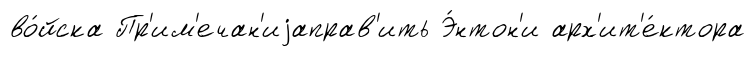
во́йска Пр'им'ечан'иjаправ'ить Э́нтон'и арх'ит'е́ктора